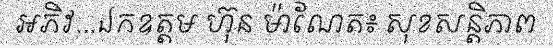
អភិវ...ឯកឧត្តម ហ៊ុន ម៉ាណែត៖ សុខសន្តិភាព